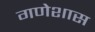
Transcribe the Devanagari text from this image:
गणेशास